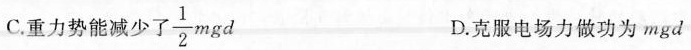
C.重力势能减少了 \frac{1}{2}mgd D.克服电场力做功为mgd